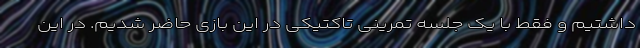
داشتیم و فقط با یک جلسه تمرینی تاکتیکی در این بازی حاضر شدیم. در این